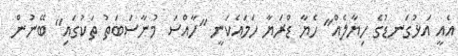
އެއީ އަޅުގަނޑުގެ ހިޔާލެއް" ހެޔާ ޑްރަޔާ ހަމައެކަނީ "ހާއްސަ މުނާސަބަތު ތަކުގައި" ބޭނުން